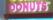
donuts